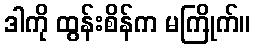
ဒါကို ထွန်းစိန်က မကြိုက်။